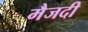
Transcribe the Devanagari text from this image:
मैजदी